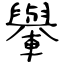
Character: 轝